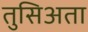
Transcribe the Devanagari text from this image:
तुसिअता